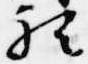
歟